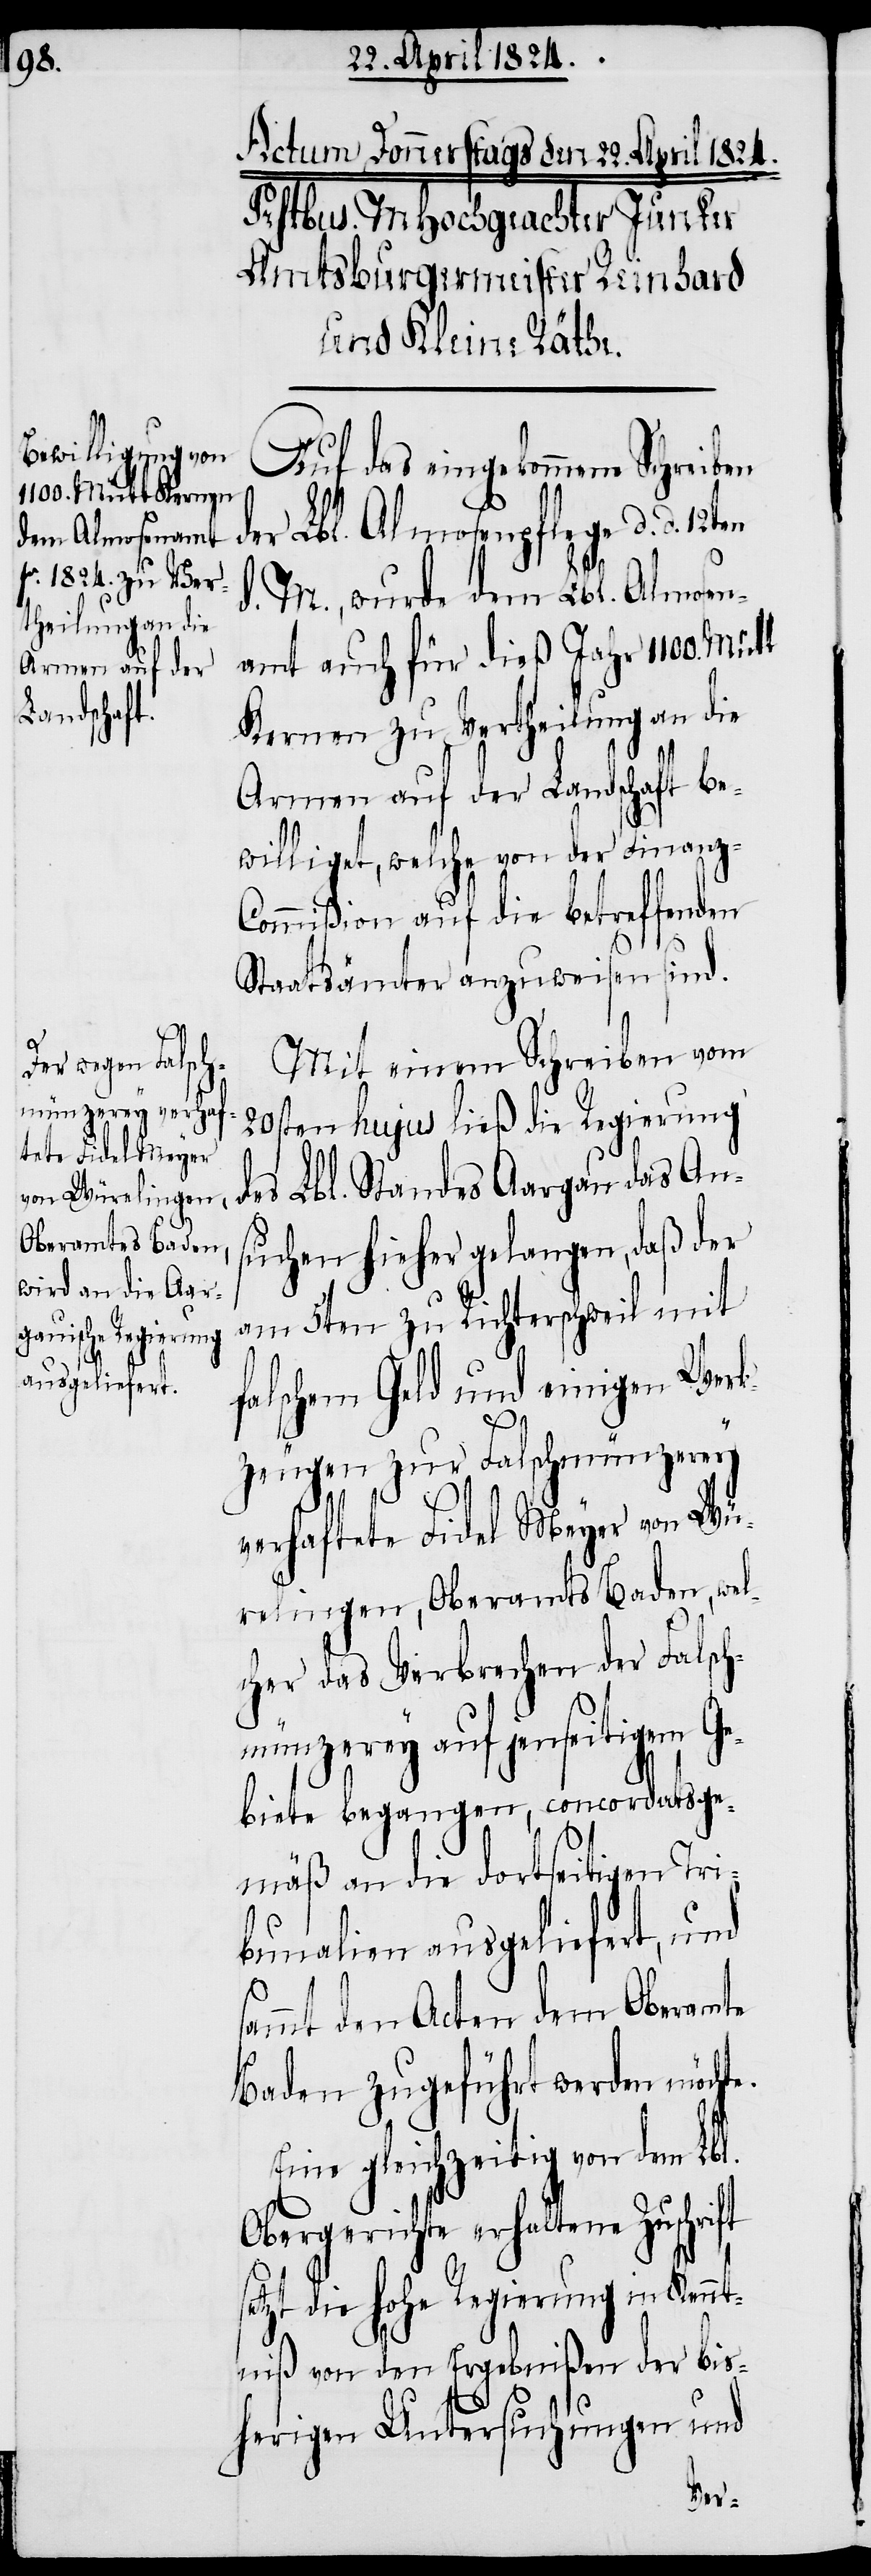
Auf das eingekommene Schreiben
der Lbl. Almosenpflege d. d.
d. M., wurde dem Lbl. Almosen¬
amt auch für dieß Jahr 1100. Mütt
Kernen zu Vertheilung an die
Armen auf der Landschaft be¬
willigt, welche von der Finanz-C¬
ommißion auf die betreffenden
Staatsämter anzuweisen sind.
Mit einem Schreiben vom
20sten hujus ließ die Regierung
des Lbl. Standes Aargau das An¬
suchen hieher gelangen, daß der
am 5ten zu Richterschweil mit
falschem Geld und einigen Werk¬
se¬
zeugen zur Falschmünzerey
l.
verhaftete Fidel Meyer von Wü¬
relingen, Oberamts Baden, wel¬
cher das Verbrechen der Falsch¬
münzerey auf jenseitigem Ge¬
biete begangen, concordatsge¬
mäß an die dortseitigen Tri¬
bunalien ausgeliefert, und
sammt den Acten dem Oberamte
Baden zugeführt werden möchte.
Eine gleichzeitig von dem Lb¬
Obergerichte erhaltene Zuschri¬
tzt die hohe Regierung in Ken¬
ntniß von den Ergebnißen der bis¬
herigen Untersuchungen und